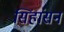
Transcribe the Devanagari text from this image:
सिंहांसन